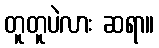
တူတူပဲလား ဆရာ။